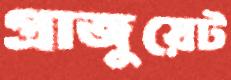
গ্রাজুয়েট